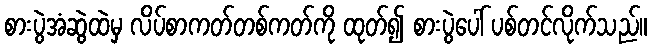
စားပွဲအံဆွဲထဲမှ လိပ်စာကတ်တစ်ကတ်ကို ထုတ်၍ စားပွဲပေါ် ပစ်တင်လိုက်သည်။